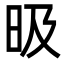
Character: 昅